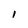
Character: l